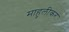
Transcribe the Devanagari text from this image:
माहुलीकर